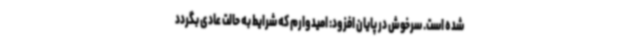
شده است. سرخوش در پایان افزود: امیدوارم که شرایط به حالت عادی بگردد